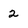
Character: 2